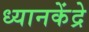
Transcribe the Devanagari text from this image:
ध्यानकेंद्रे